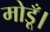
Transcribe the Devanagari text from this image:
मोडूँ।